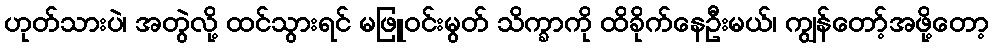
ဟုတ်သားပဲ၊ အတွဲလို့ ထင်သွားရင် မဖြူဝင်းမွတ် သိက္ခာကို ထိခိုက်နေဦးမယ်၊ ကျွန်တော့်အဖို့တော့